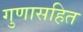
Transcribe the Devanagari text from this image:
गुणासहित